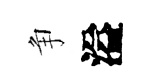
争溢